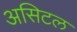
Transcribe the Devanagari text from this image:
असिटल